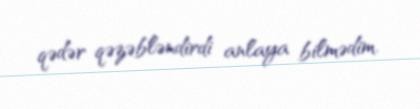
qədər qəzəbləndirdi anlaya bilmədim.